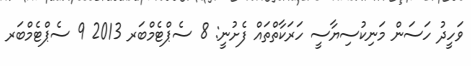
ވަހީދު ހަސަން މަނިކުސިޔާސީ ހަރަކާތްތައް ފެށުނީ: 8 ސެޕްޓެމްބަރ 2013 9 ސެޕްޓެމްބަރ